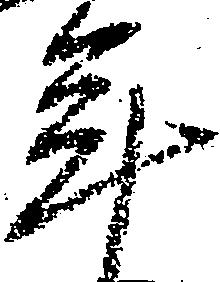
年